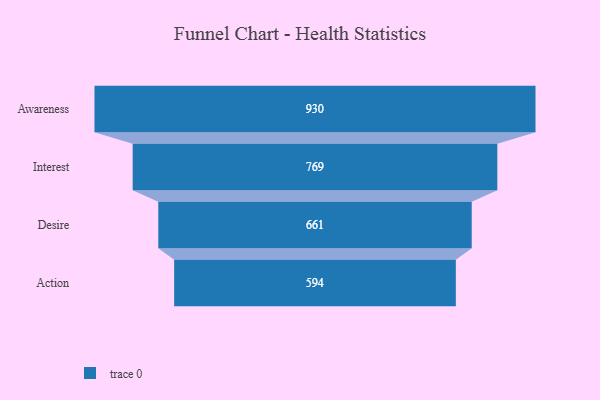
{"axis": {"x": "Stage", "y": "Value"}, "legend": [""], "data": [{"x": "Awareness", "y": 930.0, "type": ""}, {"x": "Interest", "y": 769.0, "type": ""}, {"x": "Desire", "y": 661.0, "type": ""}, {"x": "Action", "y": 594.0, "type": ""}]}